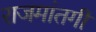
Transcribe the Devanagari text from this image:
राजमांतगी